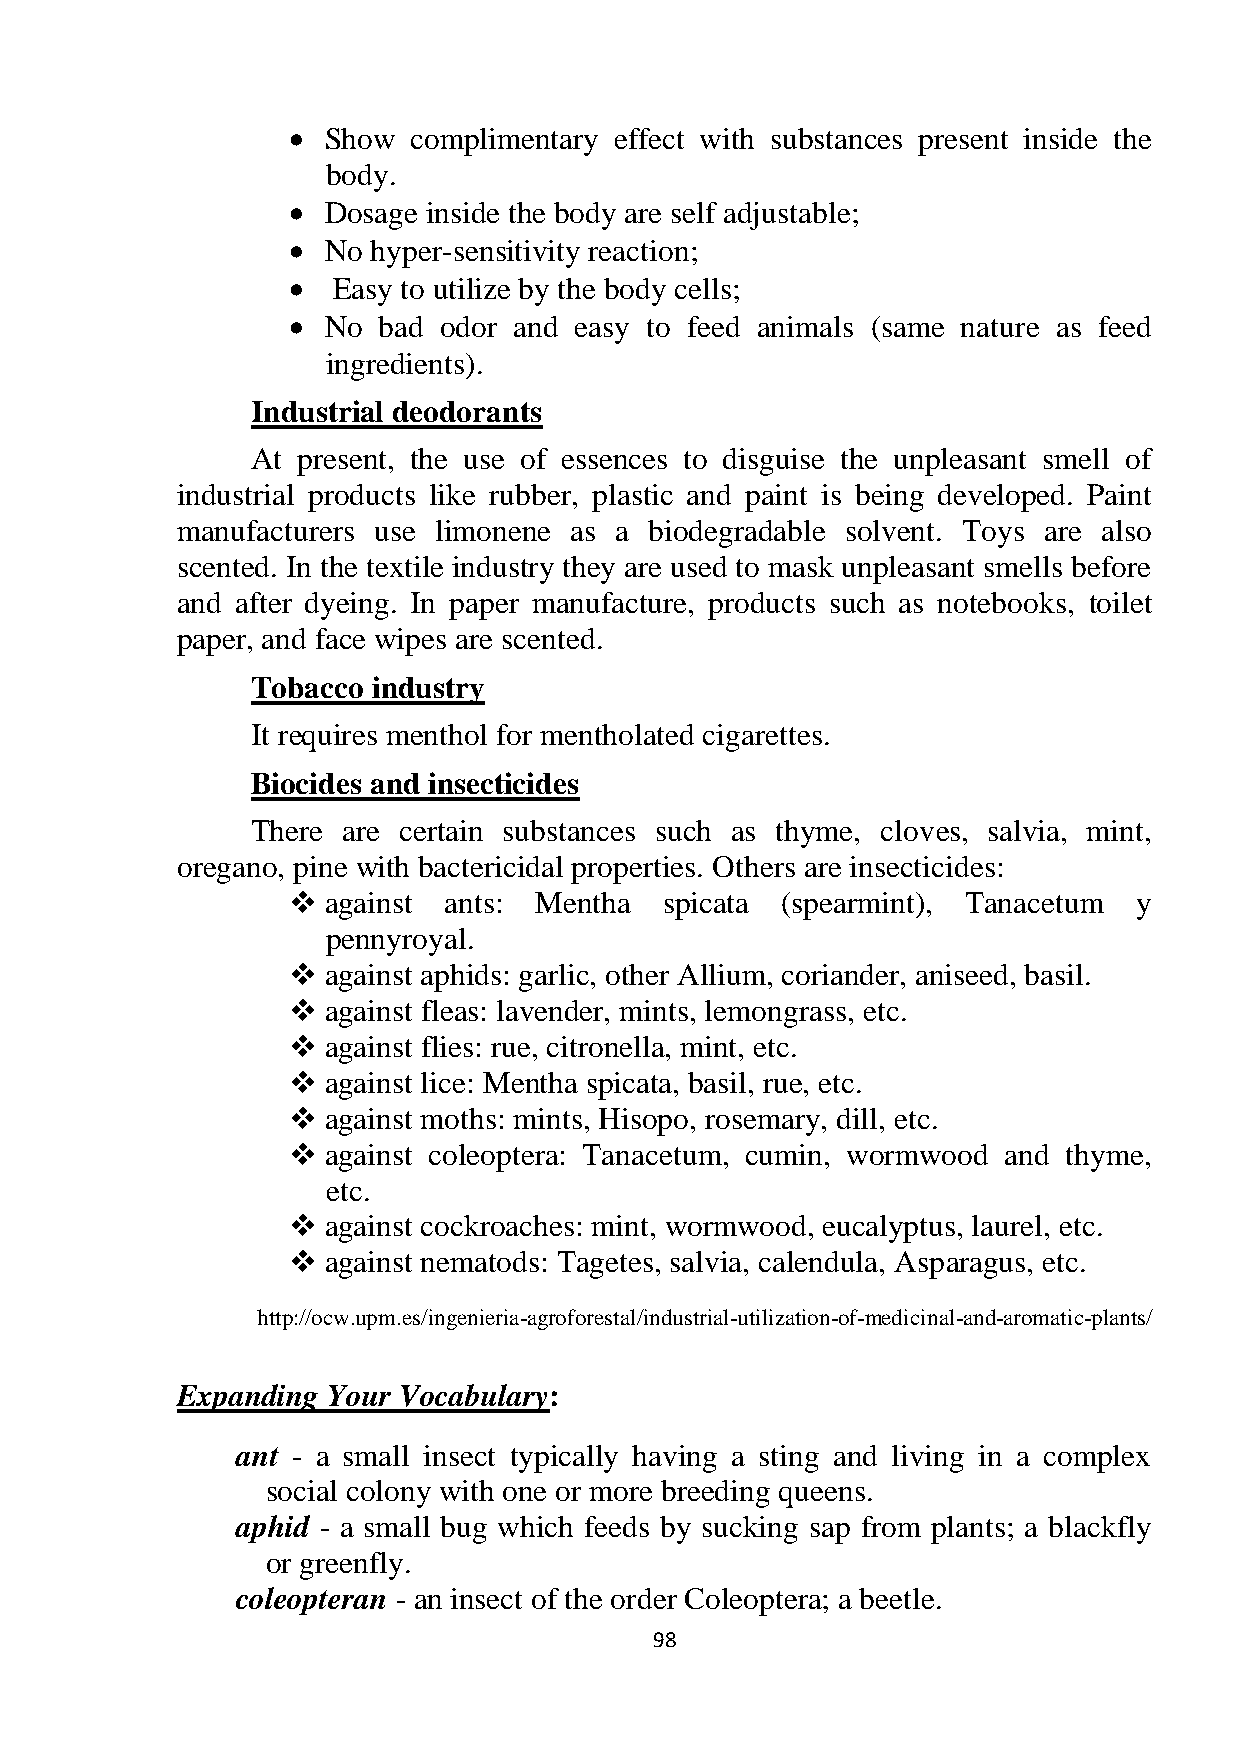
  Show complimentary effect with substances present inside the
 body.
   Dosage inside the body are self adjustable;
   No hyper-sensitivity reaction;
   Easy to utilize by the body cells;
   No bad odor and easy to feed animals (same nature as feed
 ingredients).
 Industrial deodorants
 At present, the use of essences to disguise the unpleasant smell of
 industrial products like rubber, plastic and paint is being developed. Paint
 manufacturers use limonene as a biodegradable solvent. Toys are also
 scented. In the textile industry they are used to mask unpleasant smells before
 and after dyeing. In paper manufacture, products such as notebooks, toilet
 paper, and face wipes are scented.
 Tobacco industry
 It requires menthol for mentholated cigarettes.
 Biocides and insecticides
 There are certain substances such as thyme, cloves, salvia, mint,
 oregano, pine with bactericidal properties. Others are insecticides:
   against ants: Mentha  spicata (spearmint), Tanacetum y
 pennyroyal.
   against aphids: garlic, other Allium, coriander, aniseed, basil.
   against fleas: lavender, mints, lemongrass, etc.
   against flies: rue, citronella, mint, etc.
   against lice: Mentha spicata, basil, rue, etc.
   against moths: mints, Hisopo, rosemary, dill, etc.
   against coleoptera: Tanacetum, cumin, wormwood and thyme,
 etc.
   against cockroaches: mint, wormwood, eucalyptus, laurel, etc.
   against nematods: Tagetes, salvia, calendula, Asparagus, etc.
 http://ocw.upm.es/ingenieria-agroforestal/industrial-utilization-of-medicinal-and-aromatic-plants/
 Expanding Your Vocabulary:
 ant - a small insect typically having a sting and living in a complex
 social colony with one or more breeding queens.
 aphid - a small bug which feeds by sucking sap from plants; a blackfly
 or greenfly.
 coleopteran - an insect of the order Coleoptera; a beetle.
 98